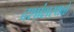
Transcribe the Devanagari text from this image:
दशांशस्थळे